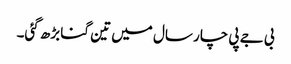
بی جے پی چار سال میں تین گنا بڑھ گئی۔